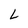
Character: L